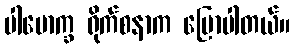
ပါမောက္ခ ရိုက်စနာက ပြောပါတယ်။